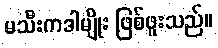
မသီးကဒါမျိုး ဖြစ်ဖူးသည်။